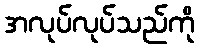
အလုပ်လုပ်သည်ကို